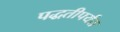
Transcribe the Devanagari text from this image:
पद्धतीपर्यंत